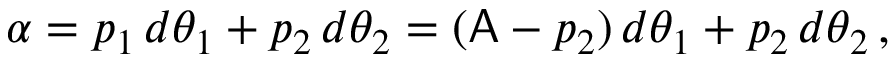
\alpha = p _ { 1 } \, d \theta _ { 1 } + p _ { 2 } \, d \theta _ { 2 } = ( \mathsf { A } - p _ { 2 } ) \, d \theta _ { 1 } + p _ { 2 } \, d \theta _ { 2 } \, ,